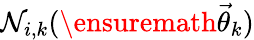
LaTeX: {\cal N}_{i,k}(\ensuremath{\vec{\theta}}_{k})